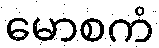
မောစကံ